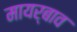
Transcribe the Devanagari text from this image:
मायर्बाव